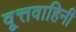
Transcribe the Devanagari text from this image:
वृ्त्तवाहिनी